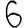
Digit: 6